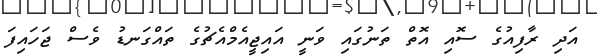
އަދި ރާފިއުގެ ސޮއި އޮތް ތަނުގައި ވަނީ އައިޖީއެމްއެޗުގެ ތައްގަނޑު ވެސް ޖަހައިފަ